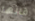
قالها